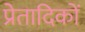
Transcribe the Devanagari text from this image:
प्रेतादिकों